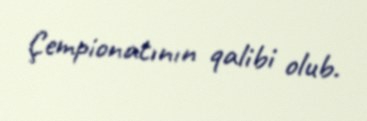
Çempionatının qalibi olub.